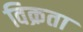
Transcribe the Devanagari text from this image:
विक्रता